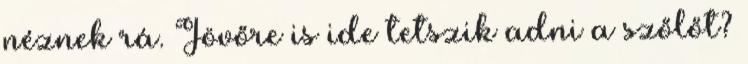
néznek rá. Jövőre is ide tetszik adni a szőlőt?